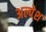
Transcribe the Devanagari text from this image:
अल्पेश